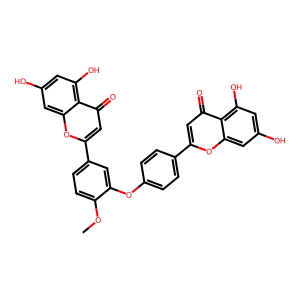
SMILES: COc1ccc(-c2cc(=O)c3c(O)cc(O)cc3o2)cc1Oc1ccc(-c2cc(=O)c3c(O)cc(O)cc3o2)cc1
Inhibits HIV replication: No